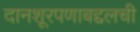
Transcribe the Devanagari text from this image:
दानशूरपणाबद्दलची